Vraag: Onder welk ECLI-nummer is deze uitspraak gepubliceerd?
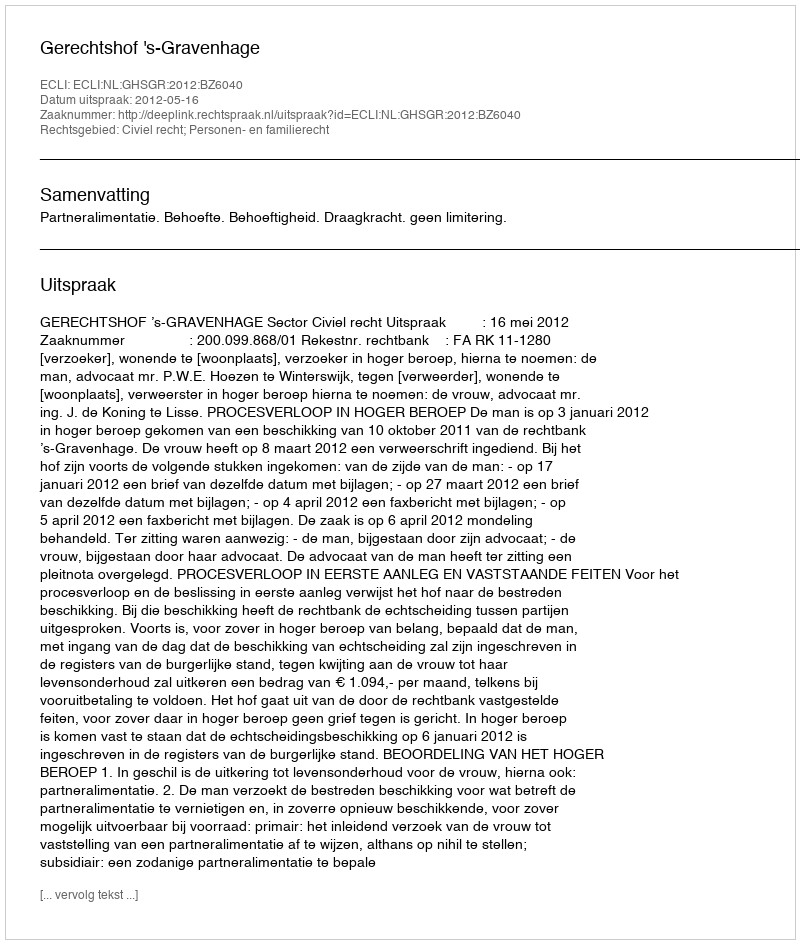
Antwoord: ECLI:NL:GHSGR:2012:BZ6040